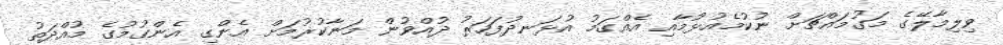
ވިލިމާލޭގެ މަގުމައްޗަށް ނުކުމެއުޅުމާއި އެއްގަމު އުޅަނދުފަހަރު ދުއްވުން މަނާކުރުމަށް އެންގި އެންގުމުގެ މުއްދަތު